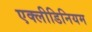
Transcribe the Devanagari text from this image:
एक्लीडिनियम